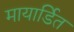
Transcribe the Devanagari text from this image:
मायार्डित